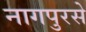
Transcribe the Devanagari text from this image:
नागपुरसे